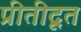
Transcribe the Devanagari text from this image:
प्रीतीदूत